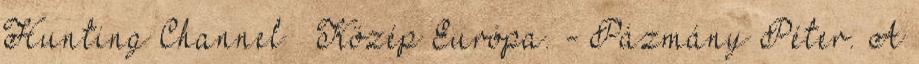
Hunting Channel – Közép Európa. - Pázmány Péter. A